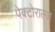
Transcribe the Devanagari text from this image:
पेक्टोराल्ज़